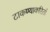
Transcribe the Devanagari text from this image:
टाकण्याकरितां